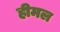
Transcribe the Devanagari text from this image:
हीमल